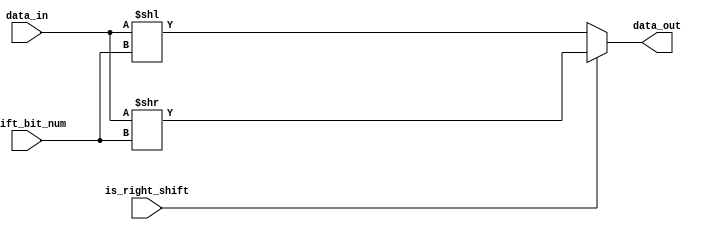
module logic_shift(
    input   [BIT_NUM-1:0]       data_in,
    input   [SHIFT_BIT_NUM-1:0] shift_bit_num,
    input                       is_right_shift,
    output  [BIT_NUM-1:0]       data_out
);
    
parameter BIT_NUM = 8;
parameter SHIFT_BIT_NUM = 8;

assign data_out = (is_right_shift)?(data_in >> shift_bit_num):
                                   (data_in << shift_bit_num);

endmodule